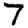
Digit: 7